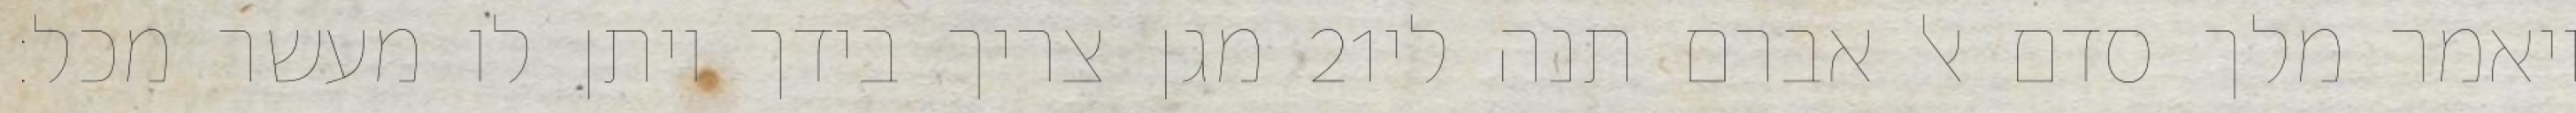
מגן צריך בידך ויתן לו מעשר מכל׃ ‎21‏ ויאמר מלך סדם אל אברם תנה לי